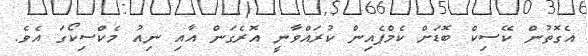
އެގޮތުން ކޭސިކް ބޮޑަށް ކެމްޕެއިން ކުރައްވާނީ އޮރެގަން އާއި ނިއު މެކްސިކޯގަ އެވެ.